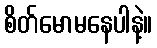
စိတ်မောမနေပါနဲ့။